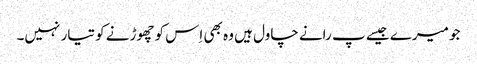
جو میرے جیسے پ رانے چاول ہیں وہ بھی اِس کو چھوڑنے کو تیار نہیں۔